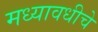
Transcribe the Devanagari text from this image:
मध्यावधीचे